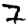
Digit: 7